Problem: 5 × 6 = ?
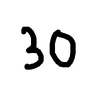
Handwritten answer: 30